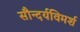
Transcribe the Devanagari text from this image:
सौन्दर्यविमर्श